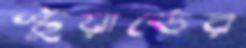
স্টুয়ার্ডের